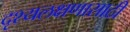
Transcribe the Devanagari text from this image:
दृश्यलक्षणासाठी